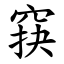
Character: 䆢